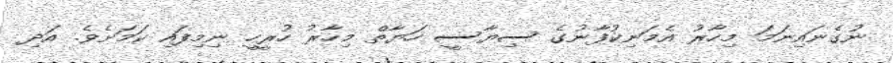
ނުގެނައިނަމަ މިހާރު އެމަނިކުފާނުގެ ސިޔާސީ ހަޔާތް މިހާރު ހުރީހީ ނިމިފައި ކަމަށެވެ. އަދި